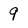
Character: 9